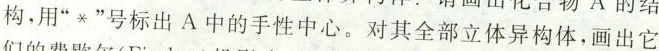
构.用“*”号标出A中的手性中心。对其全部立体异构体，画出它